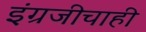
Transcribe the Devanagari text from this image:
इंग्रजीचाही